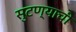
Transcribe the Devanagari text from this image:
सुटण्याची